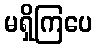
မရှိကြပေ